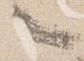
々